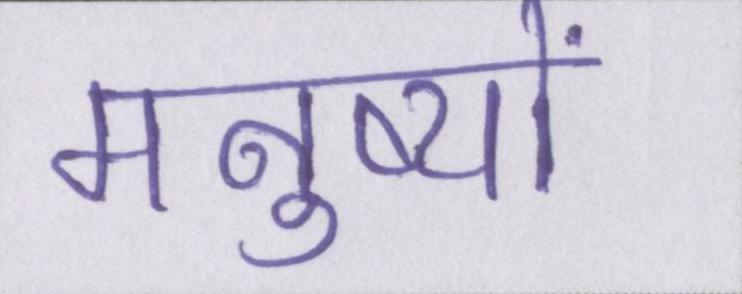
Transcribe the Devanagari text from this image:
मनुष्यों